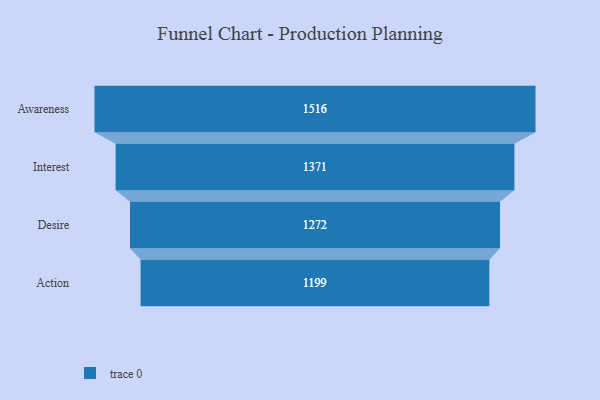
{"axis": {"x": "Stage", "y": "Value"}, "legend": [""], "data": [{"x": "Awareness", "y": 1516.0, "type": ""}, {"x": "Interest", "y": 1371.0, "type": ""}, {"x": "Desire", "y": 1272.0, "type": ""}, {"x": "Action", "y": 1199.0, "type": ""}]}